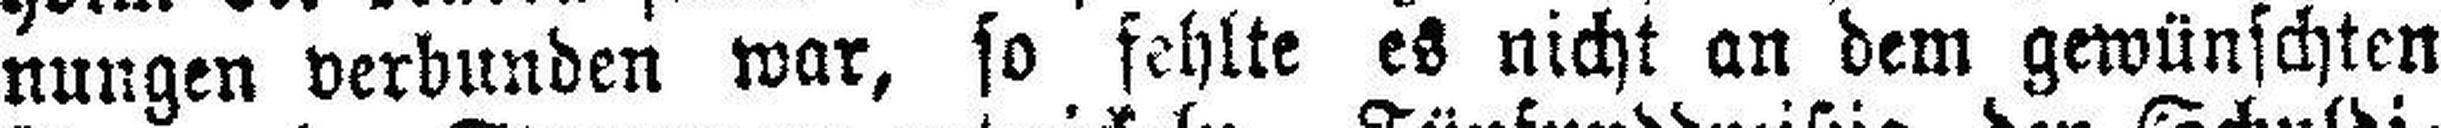
nungen verbunden war, so fehlte es nicht an dem gewünschten